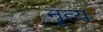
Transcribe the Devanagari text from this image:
नॄत्य